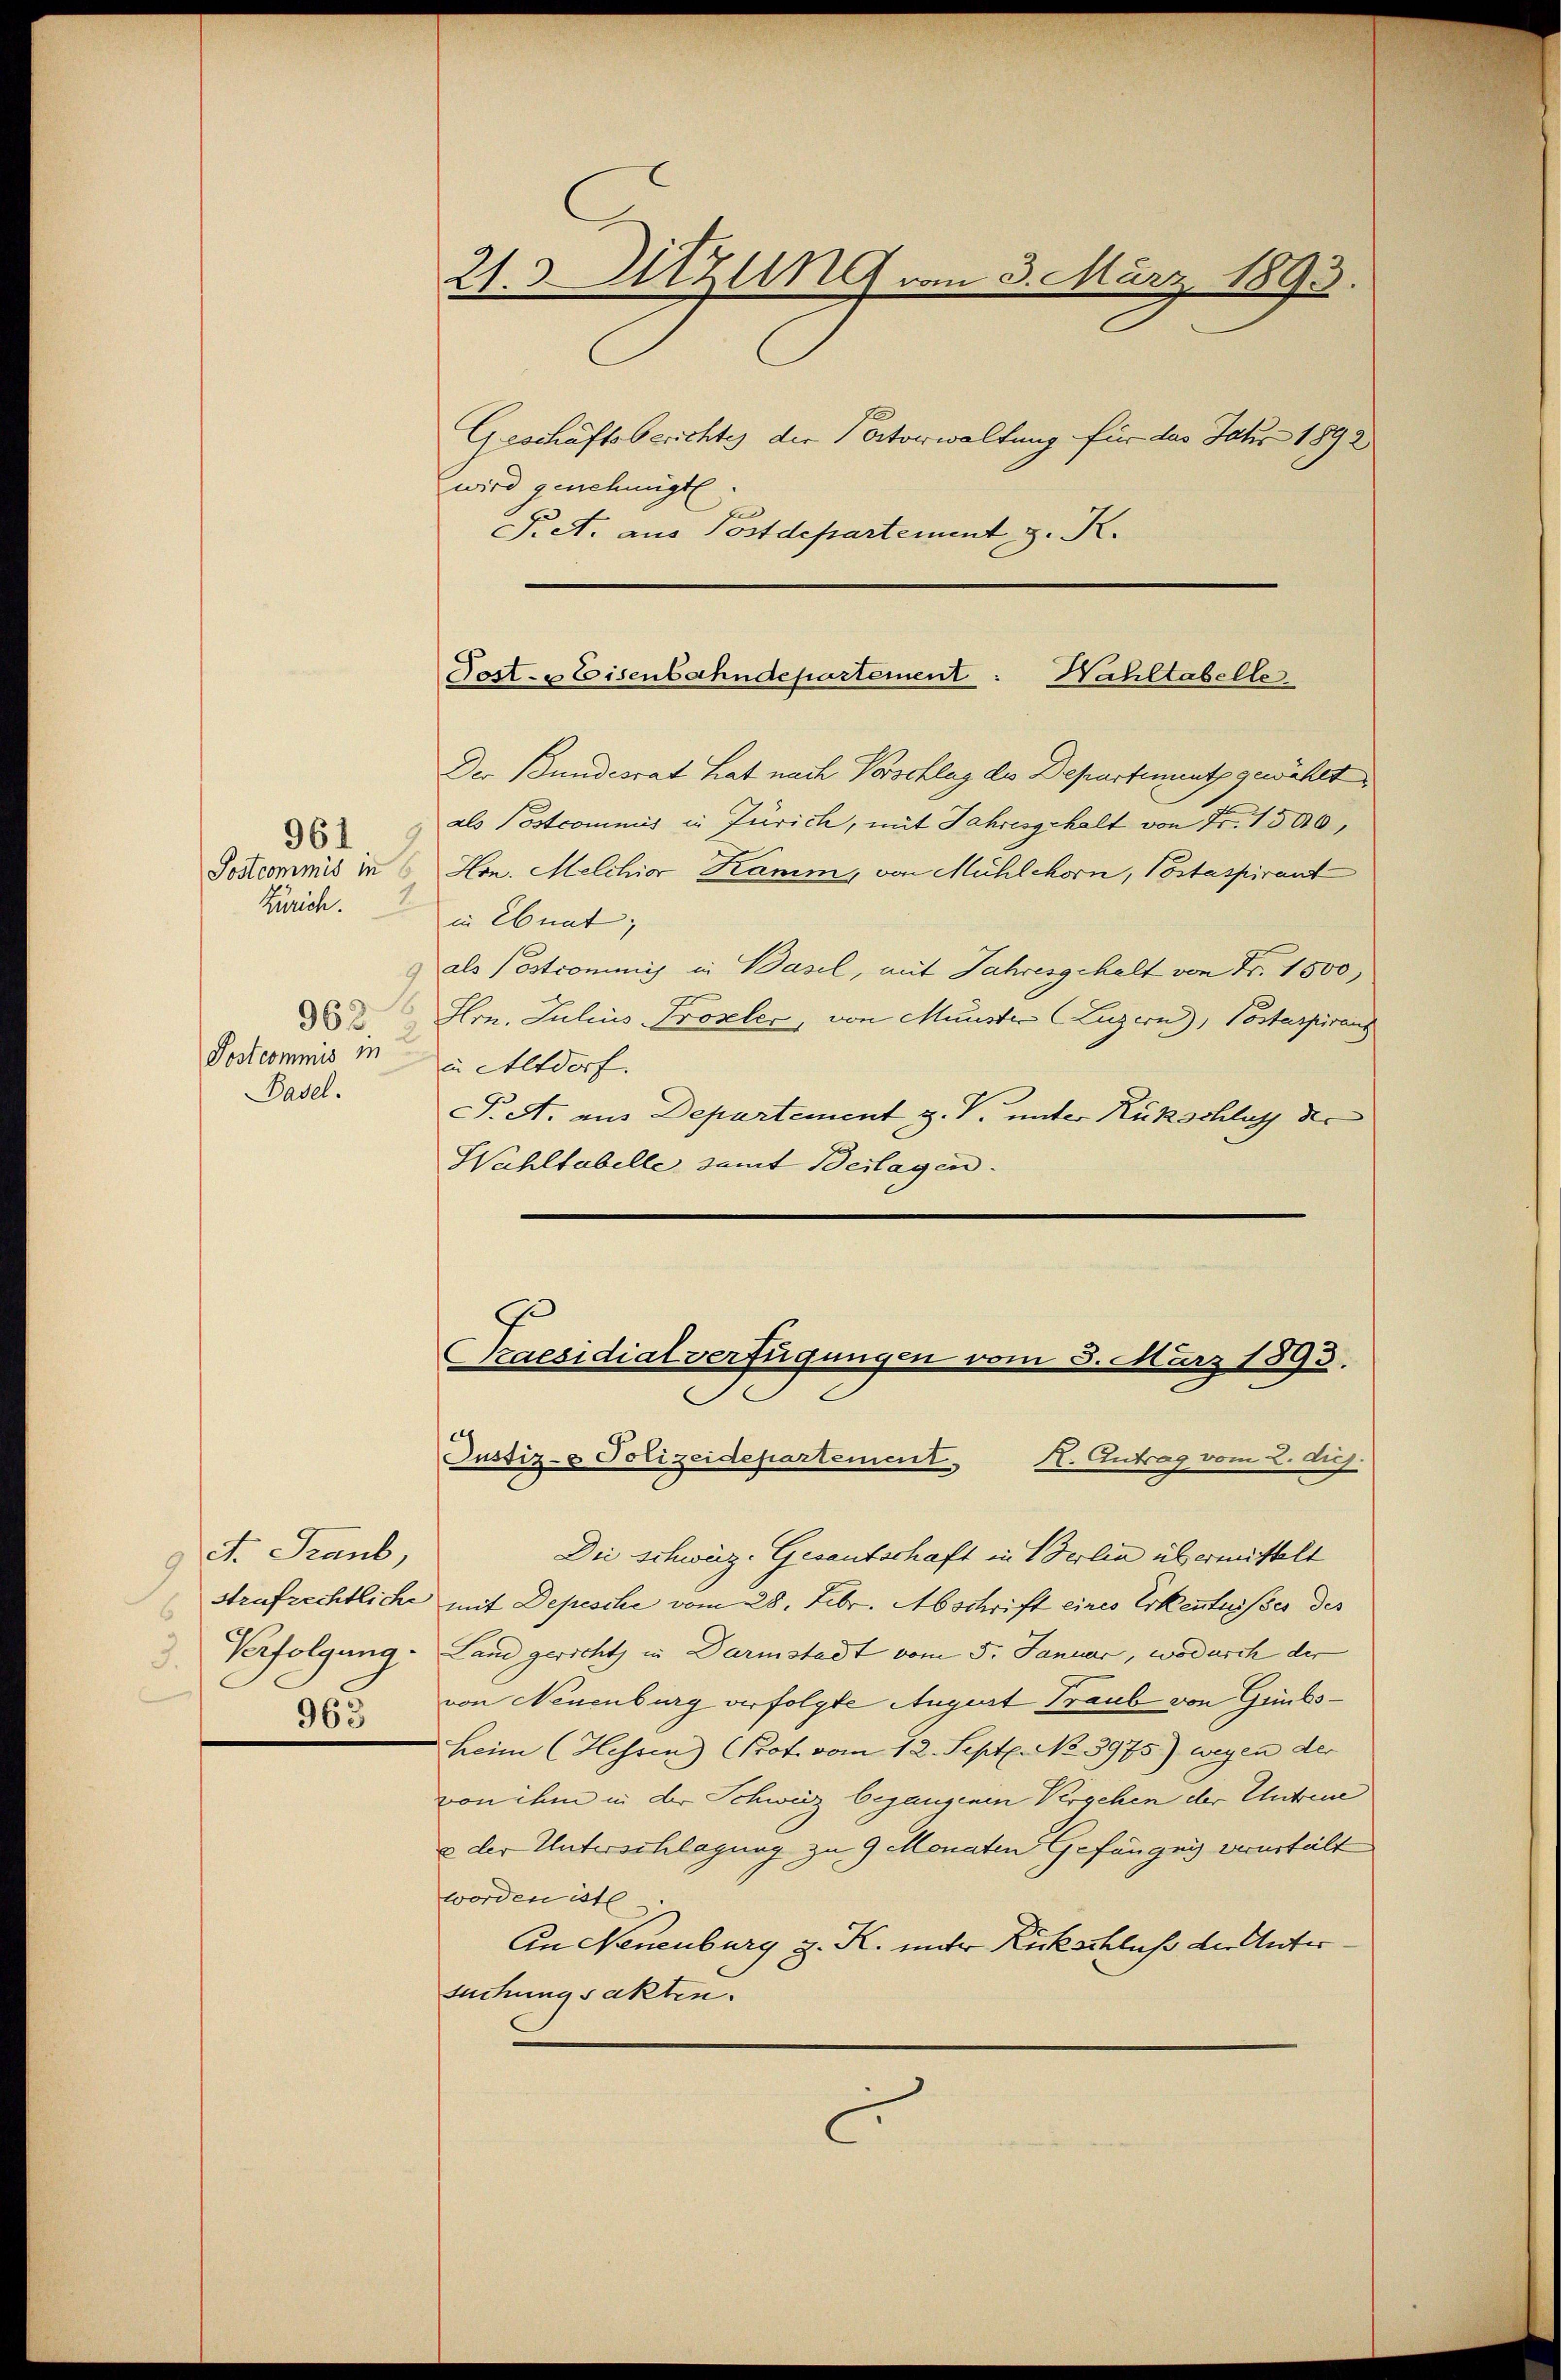
Postcommis in
Zürich.
962.
Postcommis in
Pasel.

961

et. Fraub
3.
965

§. A. aus Postdepartement z. K.

21.Utzung vom 3. März 1893.
Geschäftsberichtes der Octorwaltung für das Jahr 1892
wird genehmigt.

Post- & Eisenbahndepartement
Wahltabelle.

Der Bundesrat hat nach Vorschlag des Departement gewählt
als Postcommis in Zürich, mit Jahresgehalt von Fr. 1500,
9
Hon. Melchior Kamm, von Mühlehorn, Postaspirant
in Ebnat,
als Postcommis in Basel, mit Jahresgehalt von Fr. 1500,
8
Hrn. Julius Proseler, von Münster (Luzern), Postaspiranz
in Altdorf.
T. A. aus Departement z. V. unter Rückschlug der
Wahltabelle, samt Beilagen.

Praesidialverfügungen vom 8. März 1893.
Justiz- & Polizeidepartement. I. Antrag vom 2. Aug.

Die schweiz. Gesantschaft in Verlin übermittelt
Strafrechtliche mit Depesche vom 28. Febr. Abschrift eines Erkenntnisses des
Verfolgung. Land gericht in Darmstadt vom 5. Januar, wodurch der
von Neuenburg verfolgte August Traub von Günks¬
Heim (Hessen) (Prof. vom 12. Sept. No. 3975) wegen der
von ihm in der Schweiz begangenen Versehen der Untreue
u der Unterschlagung zu 9 Monaten Gefängen verurteilt
worden ist
An Neuenburg z. K. unter Rückschluß der Untersuchungsakten.
C